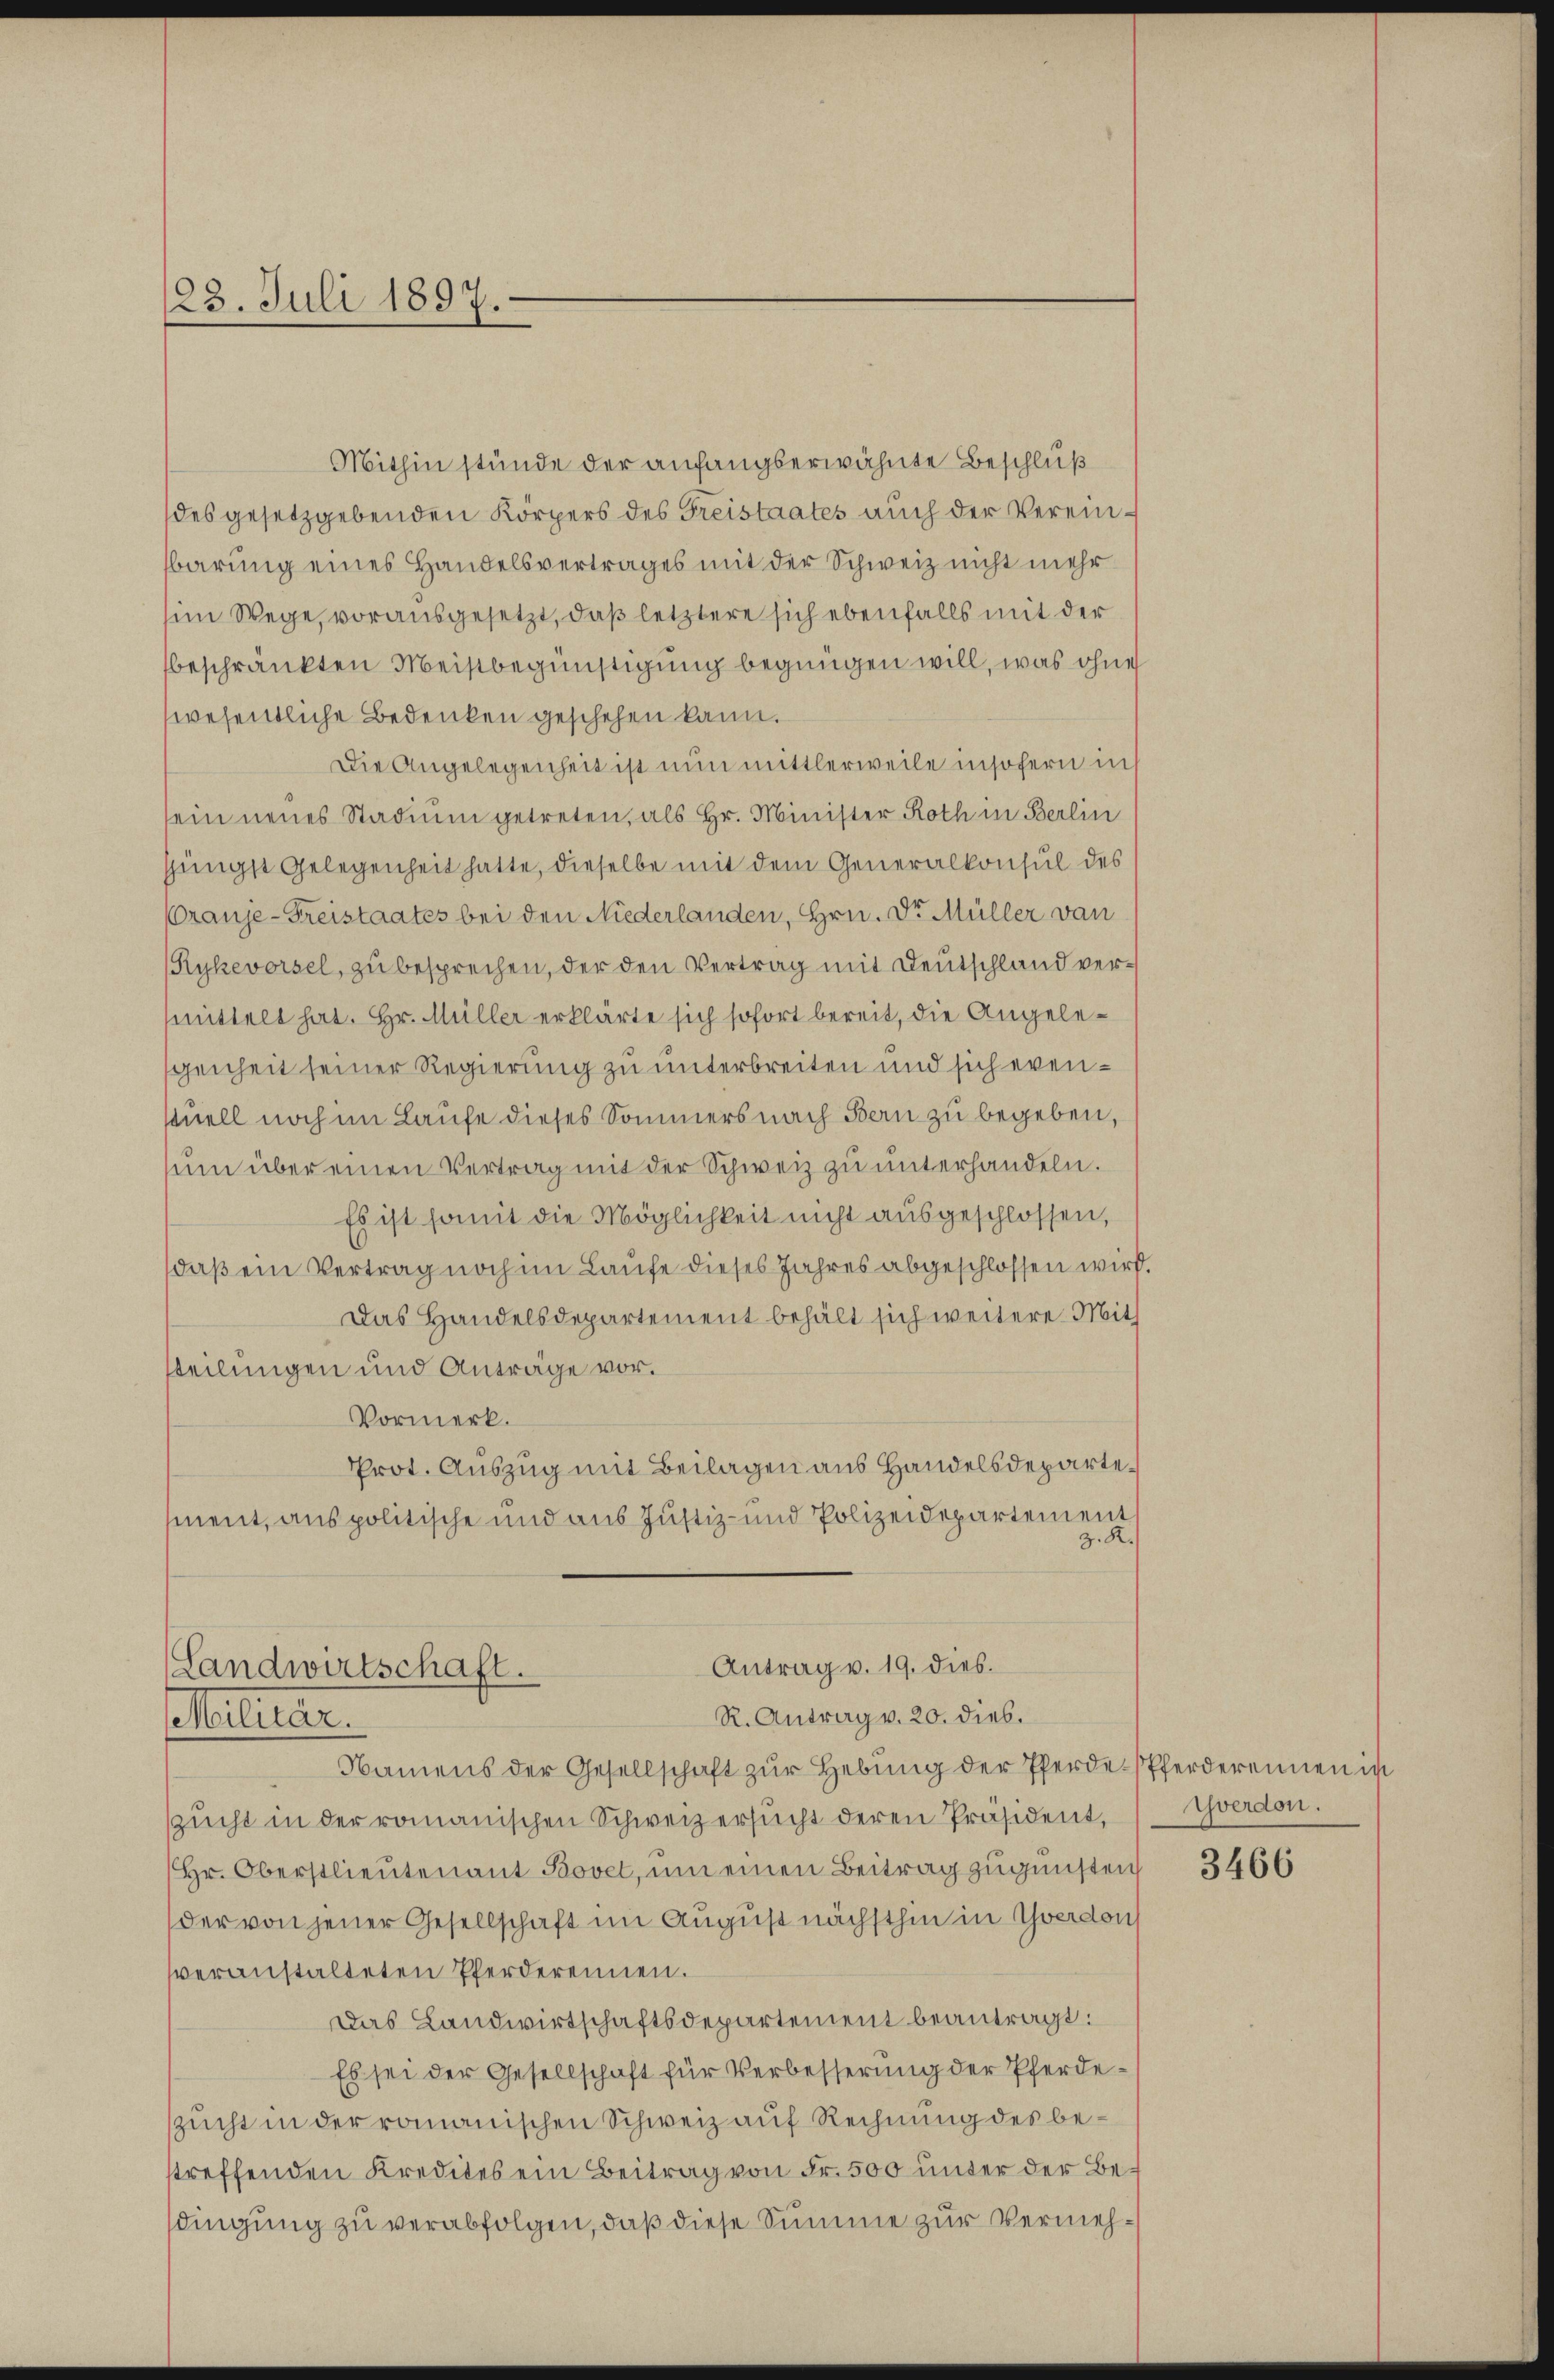
Mithin stünde der anfangserwähnte Beschluß
des gesetzgebenden Körpers des Greistaates auch der Verein-
barung eines Handelsvertrages mit der Schweiz nicht mehr
im Wege, vorausgesetzt, daß letztere sich ebenfalls mit der
beschränkten Meistbegünstigung begnügen will, was ohne
wesentliche Bedenken geschehen kann.
Die Angelegenheit ist nun mittlerweile insofern in
sein neues Stadium getreten, als Hr. Minister Roth in Berlin
jüngst Gelegenheit hatte, dieselbe mit dem Generalkonsul des
ranje-Freistaates bei den Niederlanden, Hrn. Dr. Müller von
Rykevorsel, zu besprechen, der den Vertrag mit Deutschland vermittelt hat. Hr. Müller erklärte sich sofort bereit, die Angelegenheit seiner Regierung zu unterbreiten und sich evenstuell noch im Laufe dieses Sommers nach Bern zu begeben,
sum über einen Vertrag mit der Schweiz zu unterhandeln.
Es ist somit die Möglichkeit nicht ausgeschlossen,
daß ein Vertrag noch im Laufe dieses Jahres abgeschlossen wird.
Das Handelsdepartement behält sich weitere Mith
steilungen und Anträge vor.
Vormerk.
Prot. Auszug mit Beilagen aus Handelsdepartement, aus politische und aus Justiz- und Polizeidepartement
z. R.

23. Juli 1897.

Antrag v. 19. dies.
(Landwirtschaft.
R. Antrag v. 20. dies.
Situar.

Namens der Gesellschaft zur Hebung der Pferde-Pferderennen in
zŭcht in der romanischen Schweiz ersŭcht deren Präsident, Yverdon.
(Hr. Oberstlieutenant Bovet, um einen Beitrag zugunsten
der von jener Gesellschaft im August nächsthin in Yverdons
veranstalteten Pferderennen.
Das Landwirtschaftsdepartement beantragt:
Es sei der Gesellschaft für Verbesserung der Pferdezucht in der romanischen Schweiz auf Rechnung des bestreffenden Kredites ein Beitrag von Fr. 500 unter der Besdingung zu verabfolgen, daß diese Summe zur Vermeh¬

3466